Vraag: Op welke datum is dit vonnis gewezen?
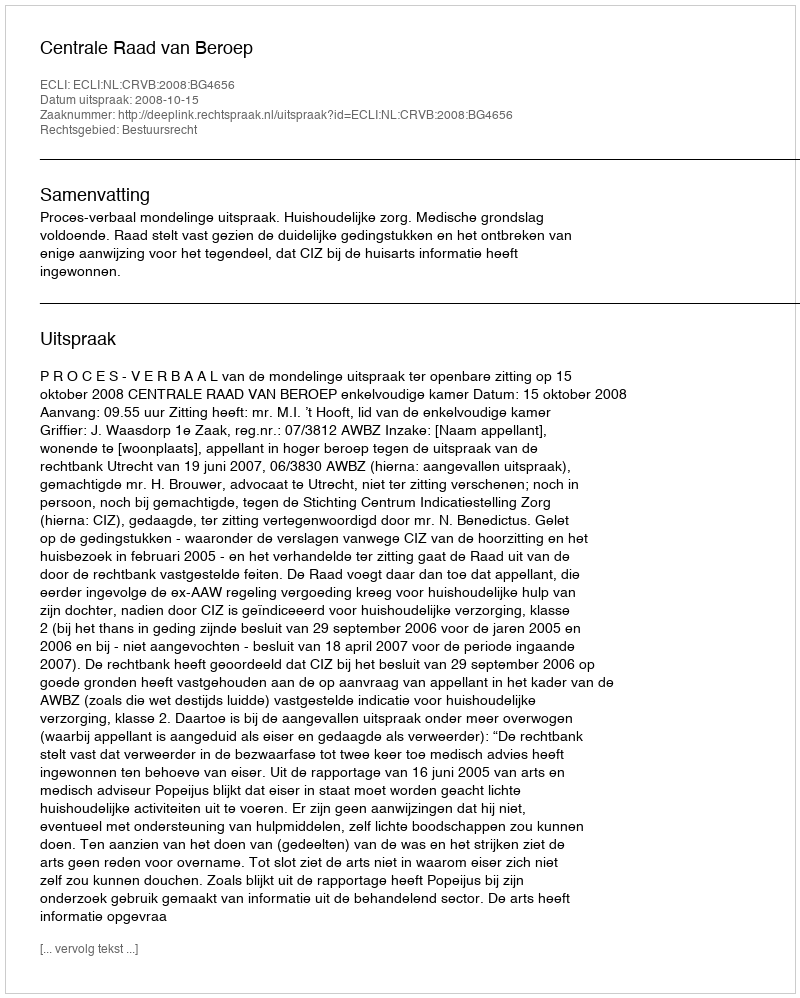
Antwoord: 2008-10-15